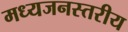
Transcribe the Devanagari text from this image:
मध्यजनस्तरीय